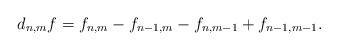
LaTeX: \begin{align*}d_{n, m} f = f_{n, m} - f_{n-1, m} - f_{n, m-1} + f_{n-1, m-1}.\end{align*}